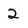
Character: 2